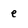
Character: e